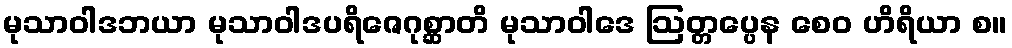
မုသာဝါဒဘယာ မုသာဝါဒပရိဇေဂုစ္ဆာတိ မုသာဝါဒေ ဩတ္တပ္ပေန စေဝ ဟိရိယာ စ။